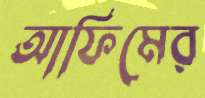
আফিমের